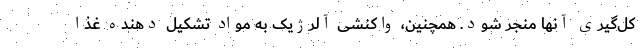
کل‌گیری آنها منجر شود. همچنین، واکنشی آلرژیک به مواد تشکیل دهنده غذا